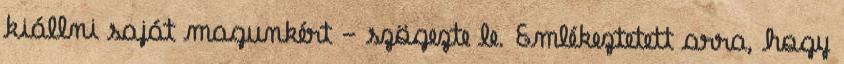
kiállni saját magunkért - szögezte le. Emlékeztetett arra, hogy